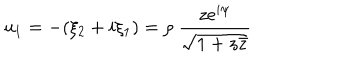
u _ { 1 } = - ( \xi _ { 2 } + i \xi _ { 1 } ) = \rho ~ \frac { z e ^ { i \psi } } { \sqrt { 1 + z \bar { z } } }